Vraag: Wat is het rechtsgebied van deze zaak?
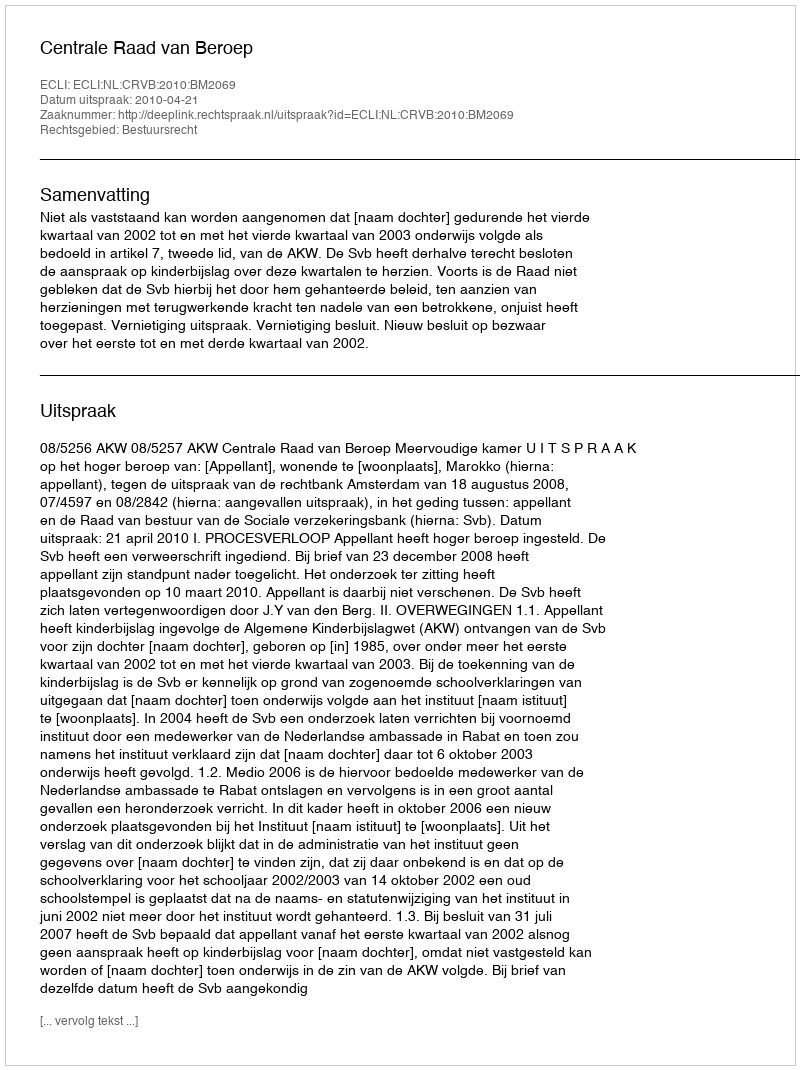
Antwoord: Bestuursrecht